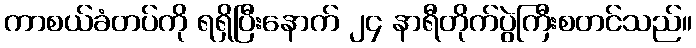
ကာစယ်ခံတပ်ကို ရရှိပြီးနောက် ၂၄ နာရီတိုက်ပွဲကြီးစတင်သည်။